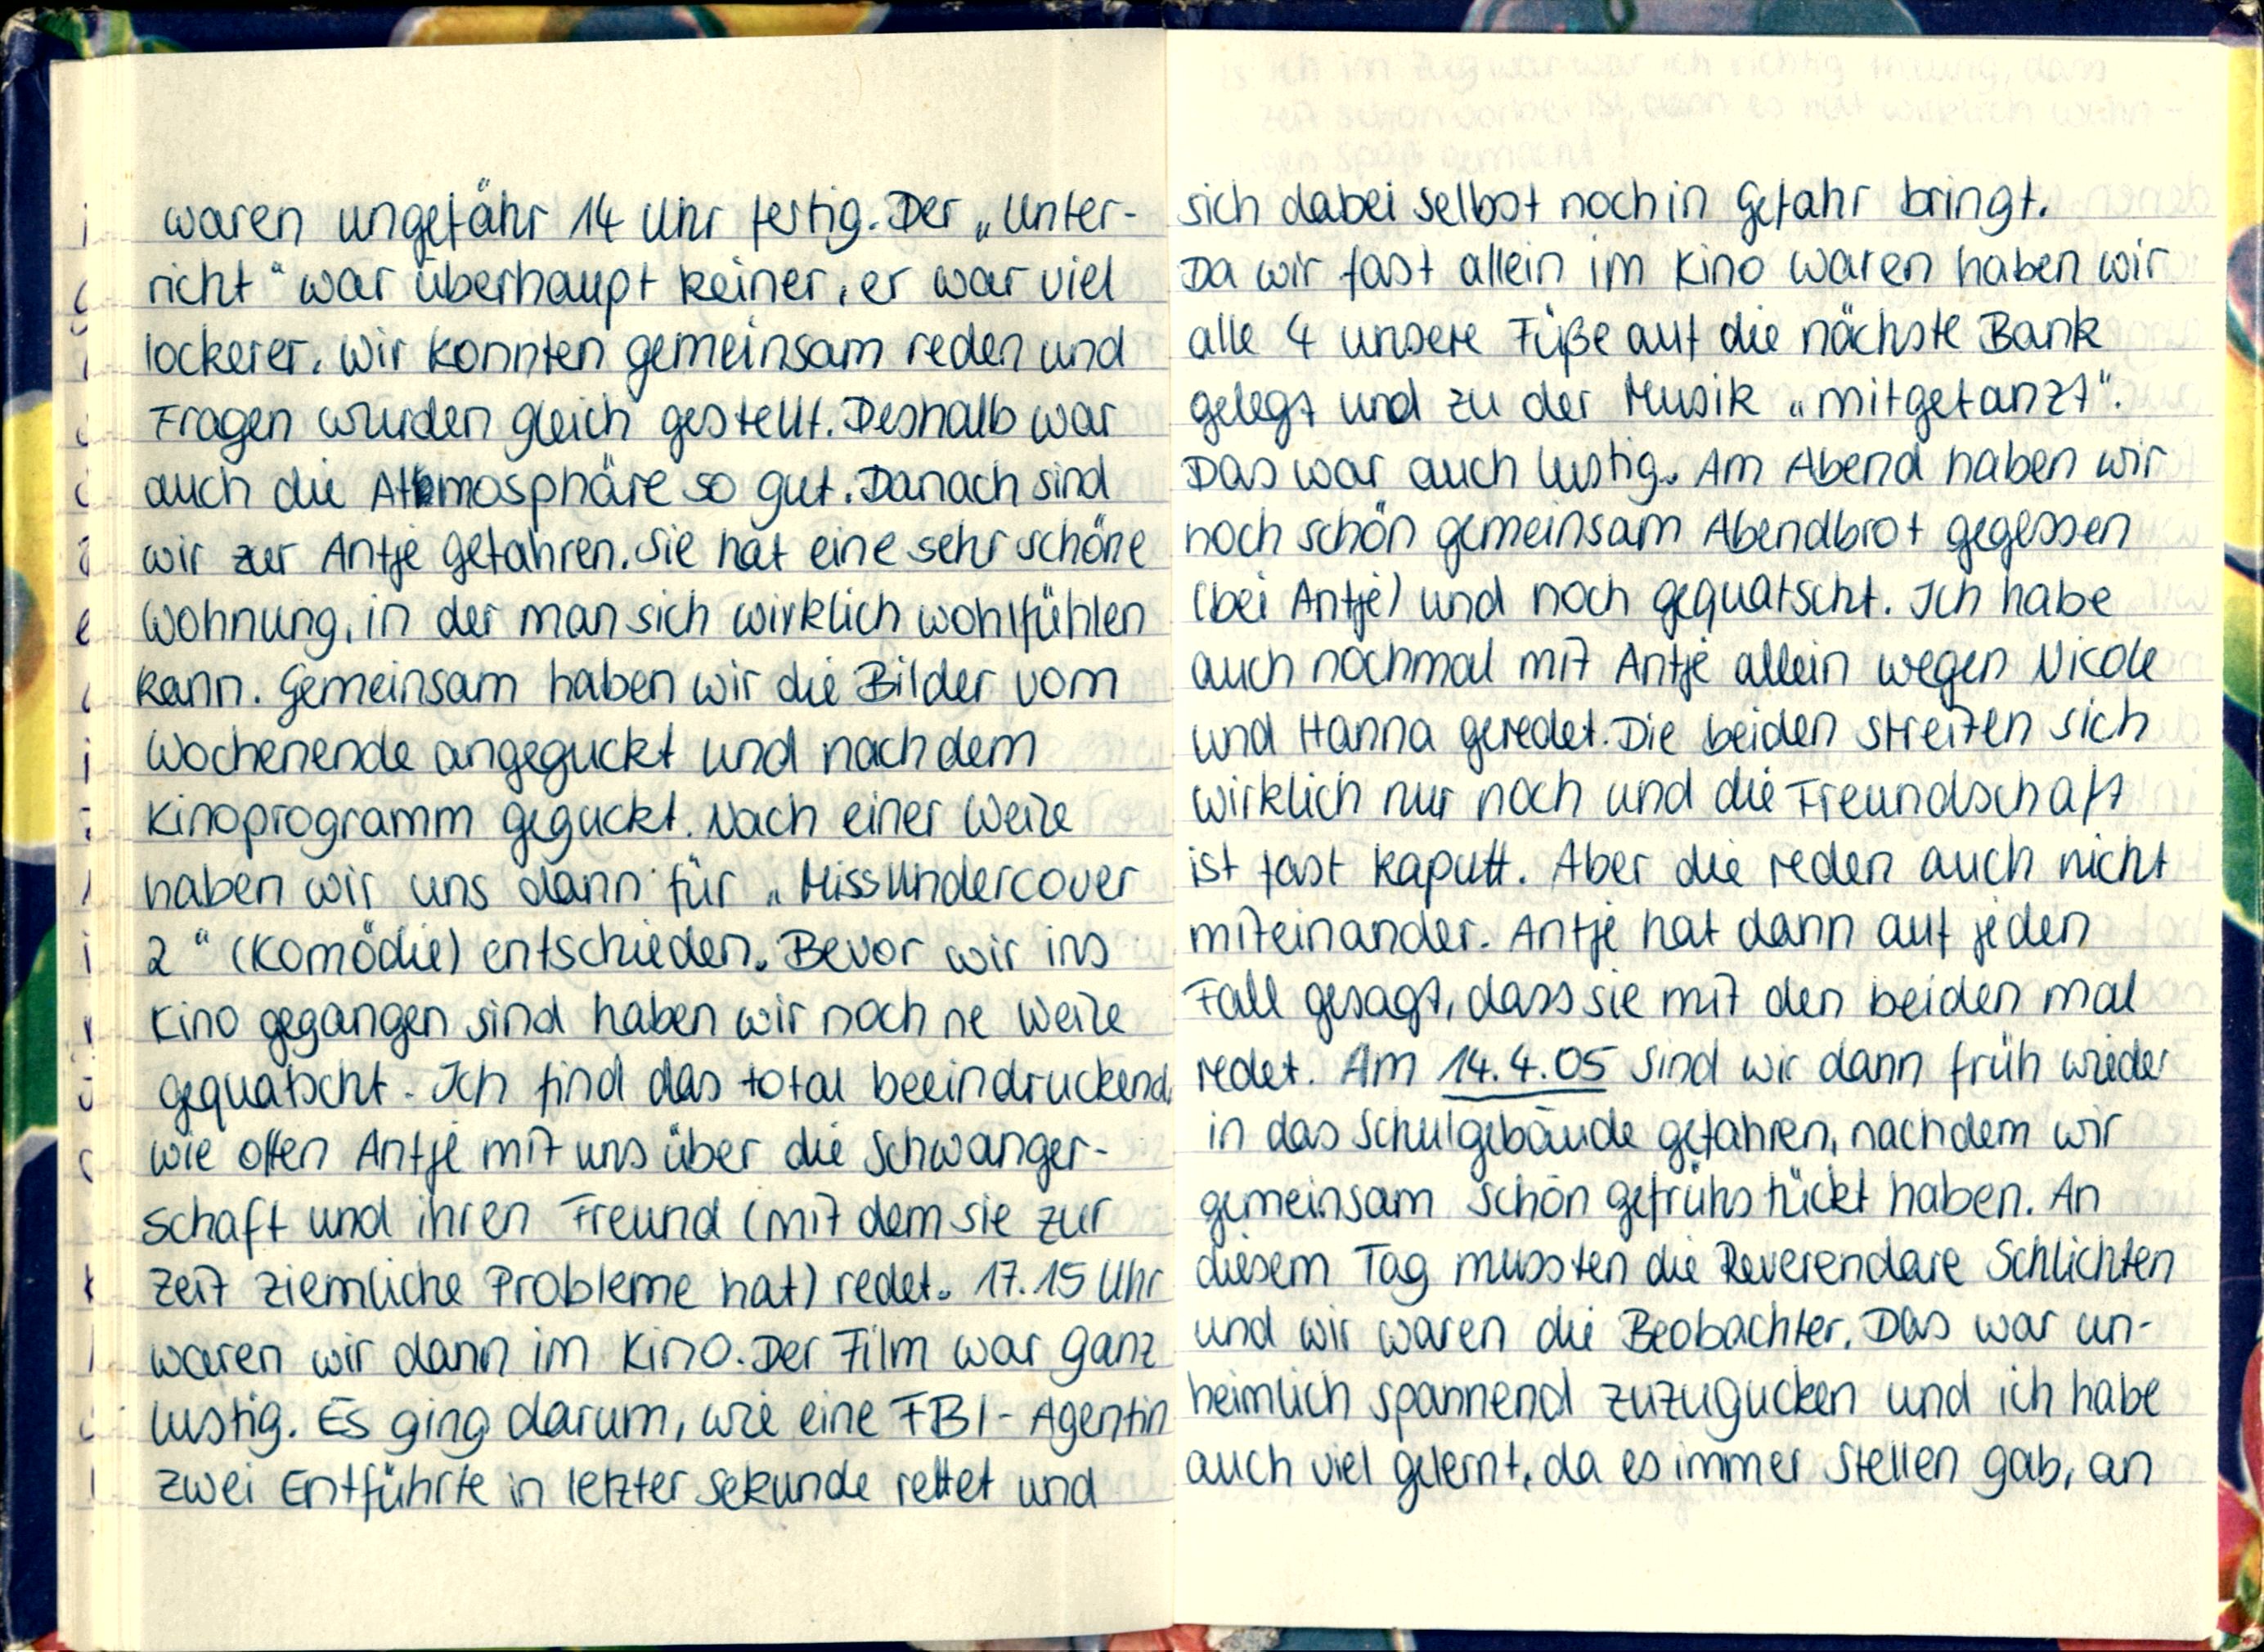
waren ungefähr 14 Uhr fertig. Der „Unter-
richt" war überhaupt keiner, er war viel
lockerer. Wir konnten gemeinsam reden und
Fragen wurden gleich gestellt. Deshalb war
auch die Atmosphäre so gut. Danach sind
wir zur Antje gefahren. Sie hat eine sehr schöne
Wohnung, in der man sich wirklich wohlfühlen
kann. Gemeinsam haben wir die Bilder vom
Wochenende angeguckt und nach dem
Kinoprogramm geguckt. Nach einer Weile
haben wir uns dann für „Missundercover
2" (Komödie) entschieden. Bevor wir ins
Kino gegangen sind haben wir noch ne Weile
gequatscht. Ich find das total beeindruckend
wie offen Antje mit uns über die Schwanger-
schaft und ihren Freund (mit dem sie zur
Zeit ziemliche Probleme hat) redet. 17.15 Uhr
waren wir dann im Kino. Der Film war ganz
lustig. Es ging darum, wie eine FBl-Agentin
zwei Entführte in letzter Sekunde rettet und

sich dabei selbst noch in Gefahr bringt.
Da wir fast allein im Kino waren haben wir
alle 4 unsere Füße auf die nächste Bank
gelegt und zu der Musik „mitgetanzt".
Das war auch lustig. Am Abend haben wir
noch schön gemeinsam Abendbrot gegessen
(bei Antje) und noch gequatscht. Ich habe
auch nochmal mit Antje allein wegen Nicole
und Hanna geredet. Die beiden streiten sich
wirklich nur noch und die Freundschaft
ist fast kaputt. Aber die reden auch nicht
miteinander. Antje hat dann auf jeden
Fall gesagt, dass sie mit den beiden mal
redet. Am 14.4.05 sind wir dann früh wieder
in das Schulgebäude gefahren, nachdem wir
gemeinsam schön gefrühstückt haben. An
diesem Tag mussten die Reverendare Schlichten
und wir waren die Beobachter. Das war un-
heimlich spannend zuzugucken und ich habe
auch viel gelernt, da es immer Stellen gab, an